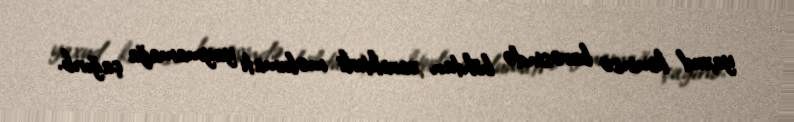
yaxud kiminsə barəsində böhtan xarakterli məlumatı yaymamağa çağırıb.